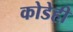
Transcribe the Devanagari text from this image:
कोडेही